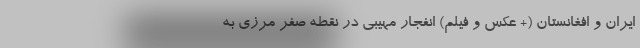
ایران و افغانستان (+ عکس و فیلم) انفجار مهیبی در نقطه صفر مرزی به